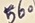
Text: 560